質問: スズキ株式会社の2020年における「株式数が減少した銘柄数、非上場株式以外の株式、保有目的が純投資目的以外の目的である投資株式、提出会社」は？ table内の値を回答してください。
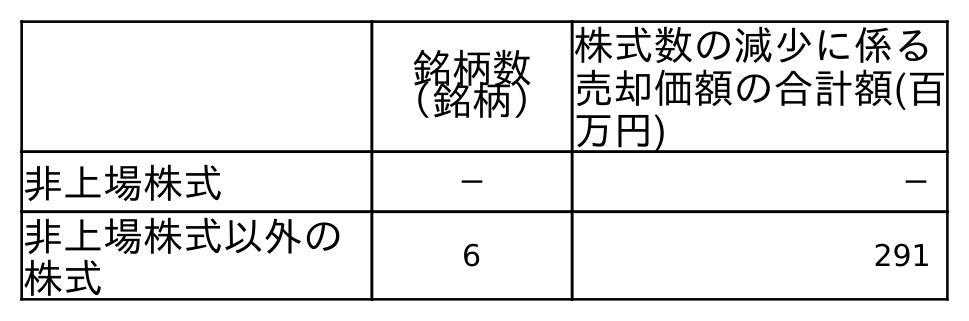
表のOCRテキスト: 銘柄数 （銘柄） 株式数の減少に係る 売却価額の合計額(百 万円) 非上場株式 － － 非上場株式以外の 株式 6 291
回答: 6